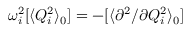
\omega _ { i } ^ { 2 } [ \langle Q _ { i } ^ { 2 } \rangle _ { 0 } ] = - [ \langle \partial ^ { 2 } / \partial Q _ { i } ^ { 2 } \rangle _ { 0 } ]